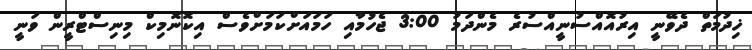
ޚިދުމަތް ދެވޭނީ އިރުއޮއްސުނީއްސުރެ މެންދަމު 3:00 ޖެހުމާއި ހަމައަށްކަމަށްވެސް އިކޮނޮމިކް މިނިސްޓްރީން ވަނީ